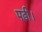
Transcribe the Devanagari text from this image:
पढी।